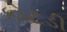
કોટડી